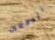
الدلافين